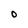
Character: O